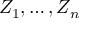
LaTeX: Z _ { 1 } , \ldots , Z _ { n }